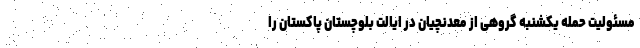
مسئولیت حمله یکشنبه گروهی از معدنچیان در ایالت بلوچستان پاکستان را